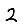
Digit: 2